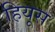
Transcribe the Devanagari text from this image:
हियूस